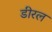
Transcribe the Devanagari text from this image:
डीरल